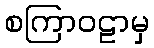
စကြာဝဠာမှ